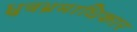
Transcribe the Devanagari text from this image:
ध्रुवभ्रमाधिकार